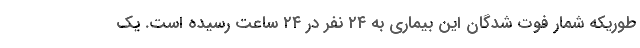
طوریکه شمار فوت شدگان این بیماری به ۲۴ نفر در ۲۴ ساعت رسیده است. یک